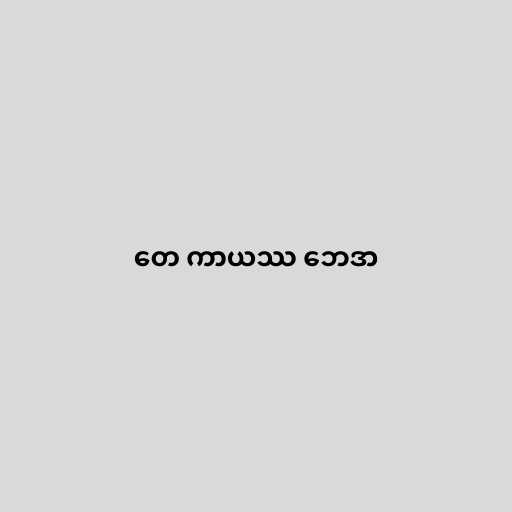
တေ ကာယဿ ဘေဒာ